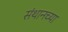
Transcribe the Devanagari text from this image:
संथानच्या